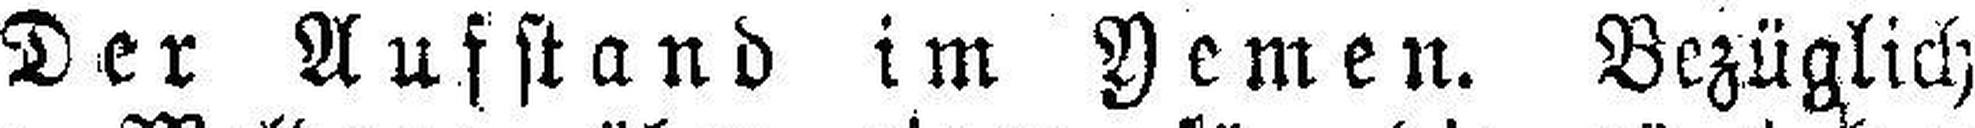
Der Aufstand im Yemen. Bezüglich